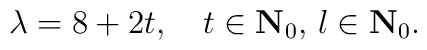
\lambda = 8 +2t, \quad t \in {\bf{N}}_0, \, l \in {\bf{N}}_0.